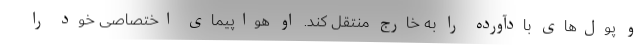
و پول‌های بادآورده را به خارج منتقل کند. او هواپیمای اختصاصی خود را